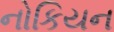
નોકિયન